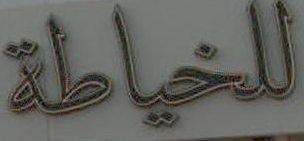
للخياطة